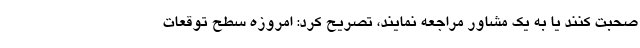
صحبت کنند یا به یک مشاور مراجعه نمایند، تصریح کرد: امروزه سطح توقعات